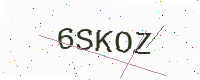
Text: 6SKOZ